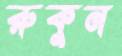
রুকুন